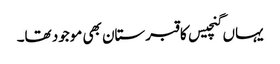
یہاں گنچیس کا قبرستان بھی موجود تھا۔